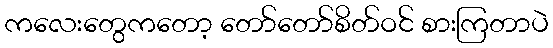
ကလေးတွေကတော့ တော်တော်စိတ်ဝင် စားကြတာပဲ